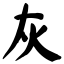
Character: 灰